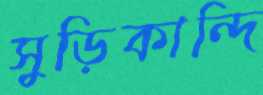
সুড়িকান্দি